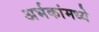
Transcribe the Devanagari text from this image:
अर्भकांमध्ये